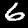
Label: 6